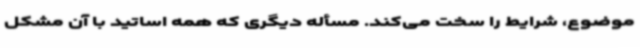
موضوع، شرایط را سخت می‌کند. مسأله دیگری که همه اساتید با آن مشکل